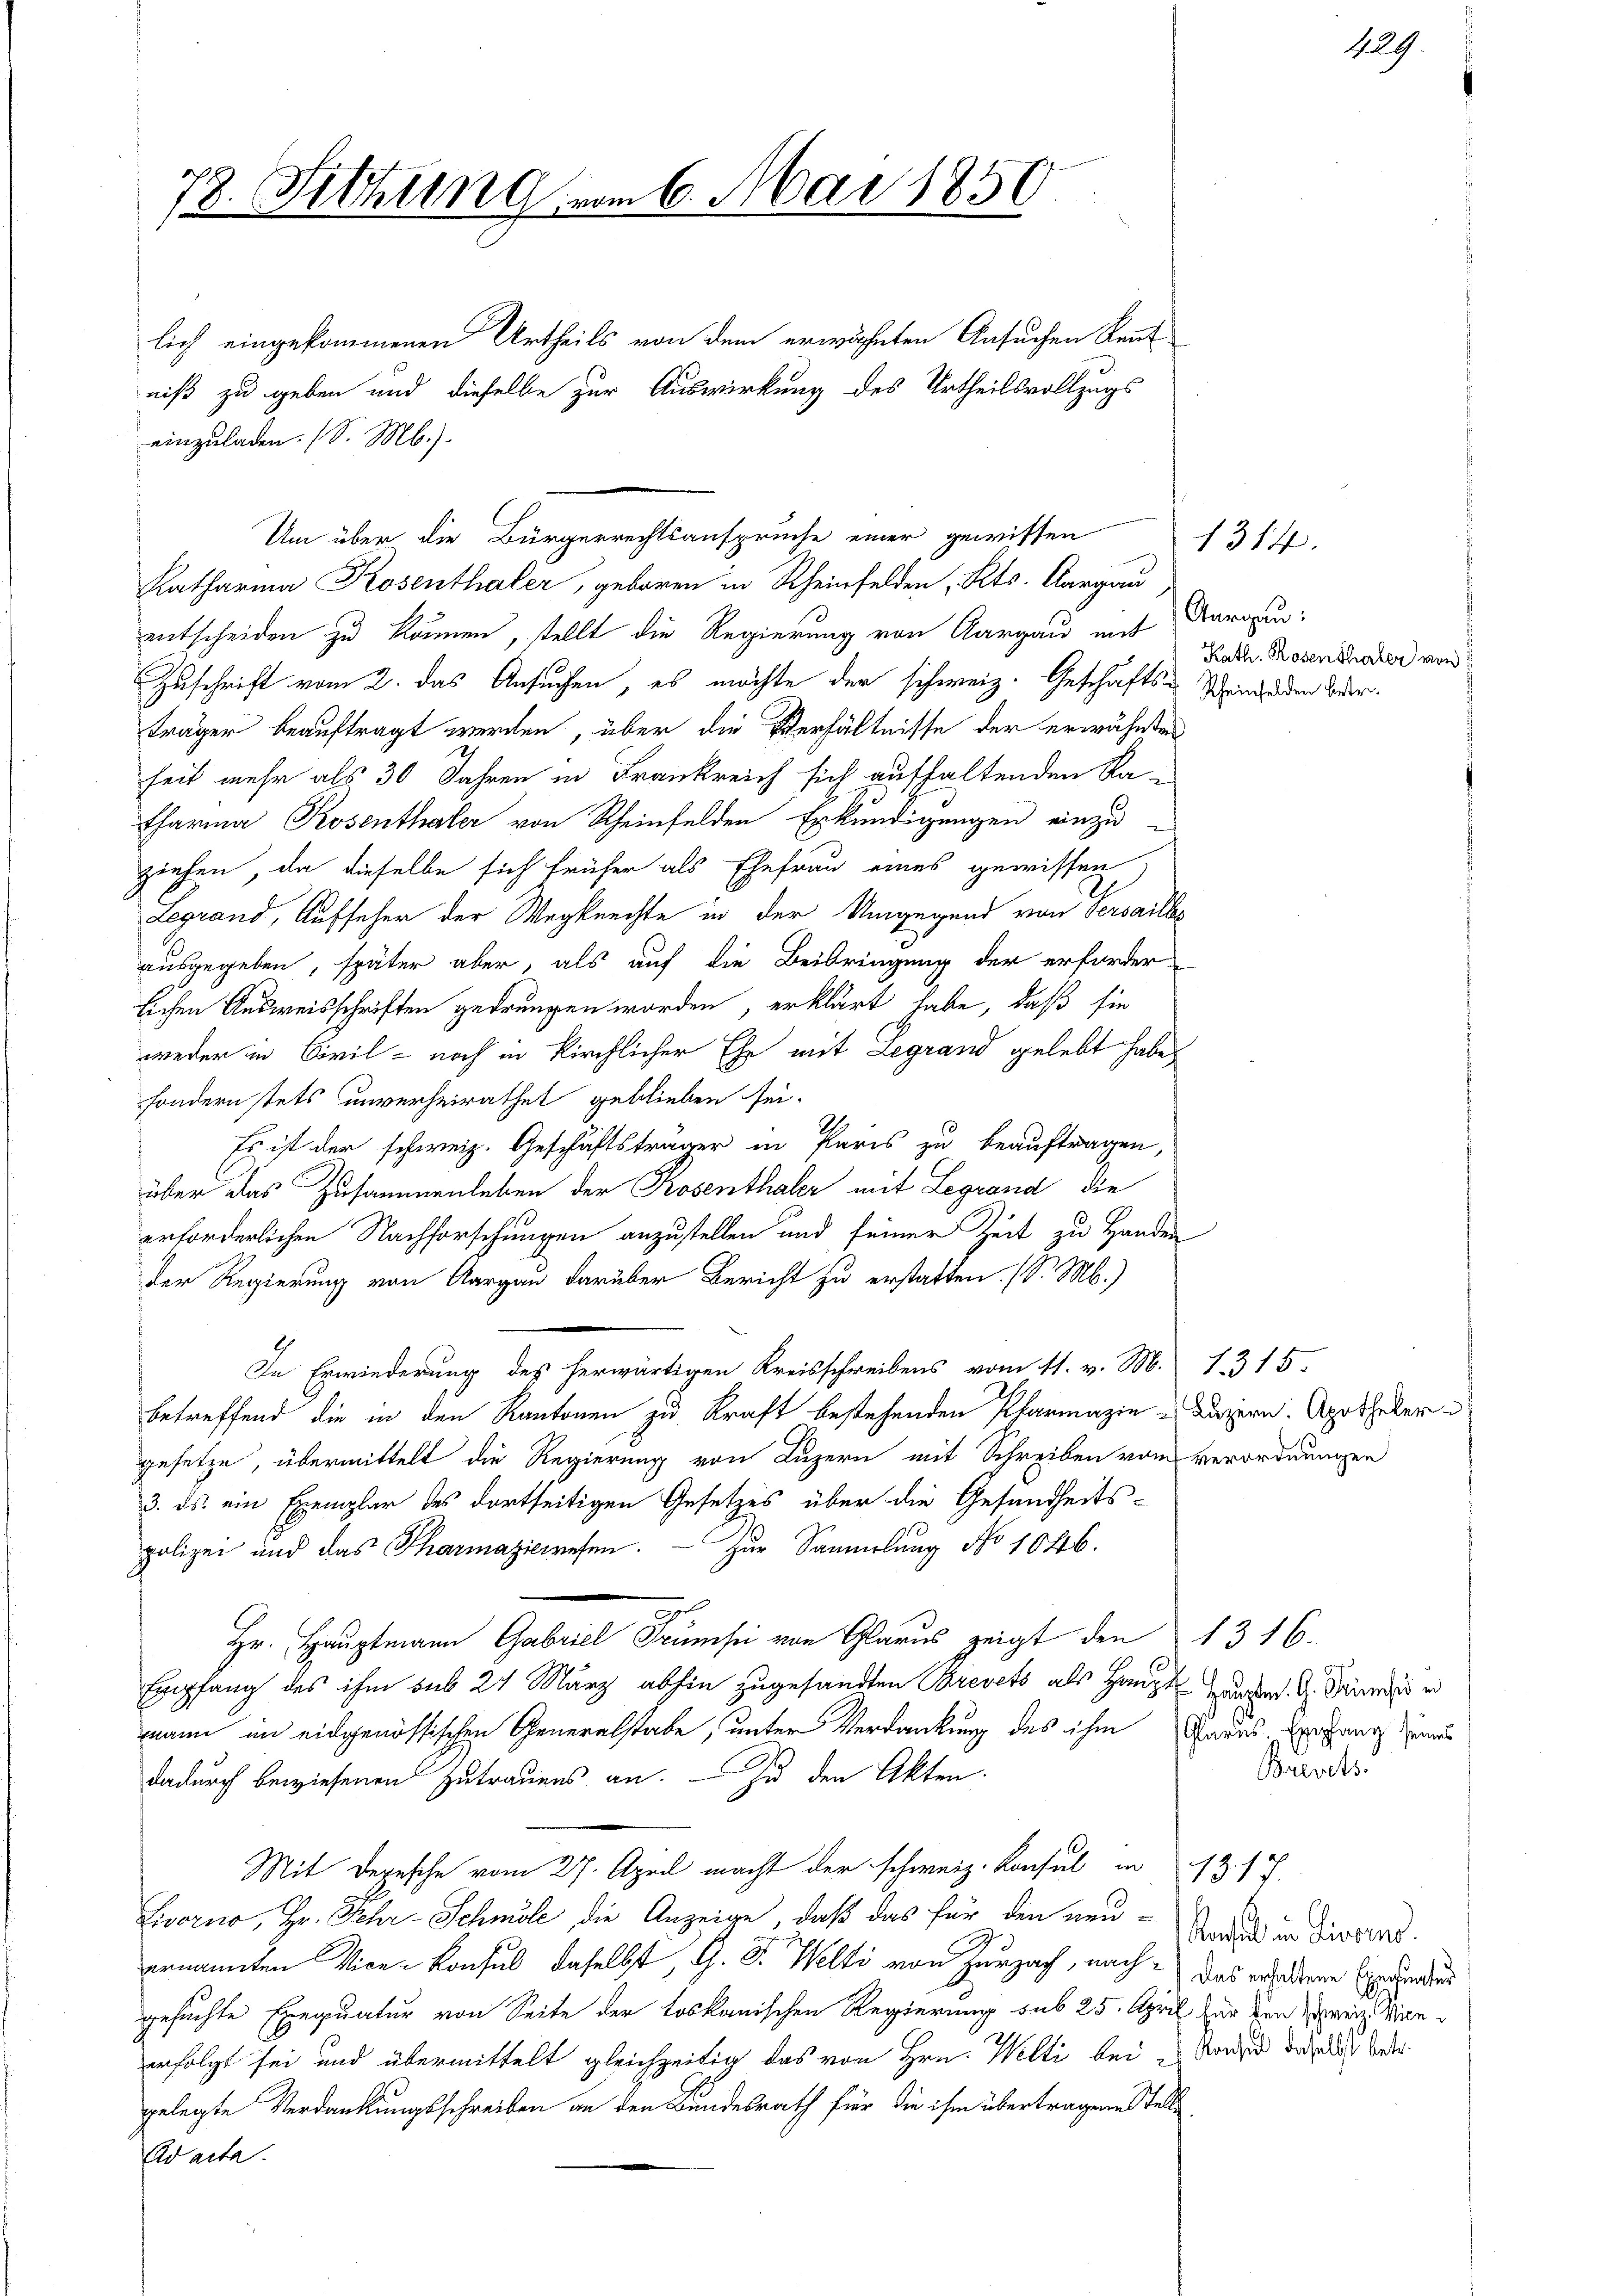
78. Sitzung vom 6. Mai 1859

lich eingekommenen Urtheils von dem erwähnten Ansuchen Kennt
einzuladen. (S. M.).
entscheiden zu können, stellt die Regierung von Aargau mit Veran¬
Zuschrift vom 2. das Ansuchen, es möchte der schweiz. Geschäfts-Stein den Beder.
träger beauftragt werden, über die Verhältnisse der erwähnten
heit mehr als 30 Jahren in Frankreich sich aufhaltenden Ra¬
Pharma Rosenthaler von Rheinfelden Erkundigungen einzu-
ziehen, da dieselbe sich früher als Ehefrau eines gewissen
Legrand, Aufseher der Wegknechte in der Umgegend von Versailbe
ausgegeben, später aber, als auf die Beibringung der erforder-
lichen Ausweisschriften gedrungen worden, erklärt habe, daß sie
weder in Civil - noch in Kirchlicher Ehe mit Legrand gelebt habe,
sondern stets unverheirathet geblieben sei.
Es ist der schweiz. Geschäftsträger in Paris zu beauftragen,
über das Zusammenleben der Rosenthaler mit Legrand die
erforderlichen Nachforschungen anzustellen und seiner Zeit zu Handen
Der Regierung von Aargau darüber Bericht zu erstatten. (S. M.)
In Erwiederung des herwärtigen Kreisschreibens vom 11. v. M. 1315.
betreffend die in den Kantonen zu Kraft bestehenden Parmazin Luzern. Apotheker
gesetze, übermittelt die Regierung von Luzern mit Schreiben vom verordnungen
3. ds. ein Exemplar des dortseitigen Gesetzes über die Gesundheits-
polizei und das Pharmaziewesen. — Zur Sammlung No 1046.
7
Hr. Hauptmann Gabriel Trumpi von Glarus zeigt den 1316.
Empfang des ihm sub 24 März abhin zugesandten Brevets als Haupt anger. G. Würde er
mann im eidgenössischen Generalstabe, unter Verdankung des ihm Rades Exegang jenes
dadurch bewiesenen Zutrauens an. — Zu den Akten.
Mit Depesche vom 27. April macht der schweiz. Konsul in 13. 17.
Livorno, Hr. Sehr Schmöle die Anzeige, daß das für den neu-Grand in derstat
ernannten Vice-Konsul daselbst, G. Dr. Welti von Zurzach, nach das werdene Expedien
gesuchte Exequatur von Seite der toskanischen Regierung sub 25. April für den Zwei Wienerfolgt sei und übermittelt gleichzeitig das von Hrn. Welti bei Norden der bedr
gelegte Verdankungsschreiben an den Bundesrath für die ihm übertragene stelle
Ad acta.

niß zu geben und dieselbe zur Auswirkung des Urtheilsvollzugs

Um über die Bürgerrechtsansprüche einer gewissen
Katharina Rosenthaler, geboren in Rheinfelden, Kts. Aargau

Kath. Rosenthaler von

1314.

g
Brevets.

49.